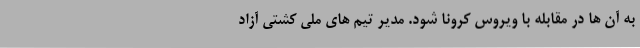
به آن ها در مقابله با ویروس کرونا شود. مدیر تیم های ملی کشتی آزاد